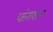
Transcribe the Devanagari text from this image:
फंगशन